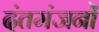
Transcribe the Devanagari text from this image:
दंतमंजनों